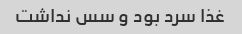
غذا سرد بود و سس نداشت